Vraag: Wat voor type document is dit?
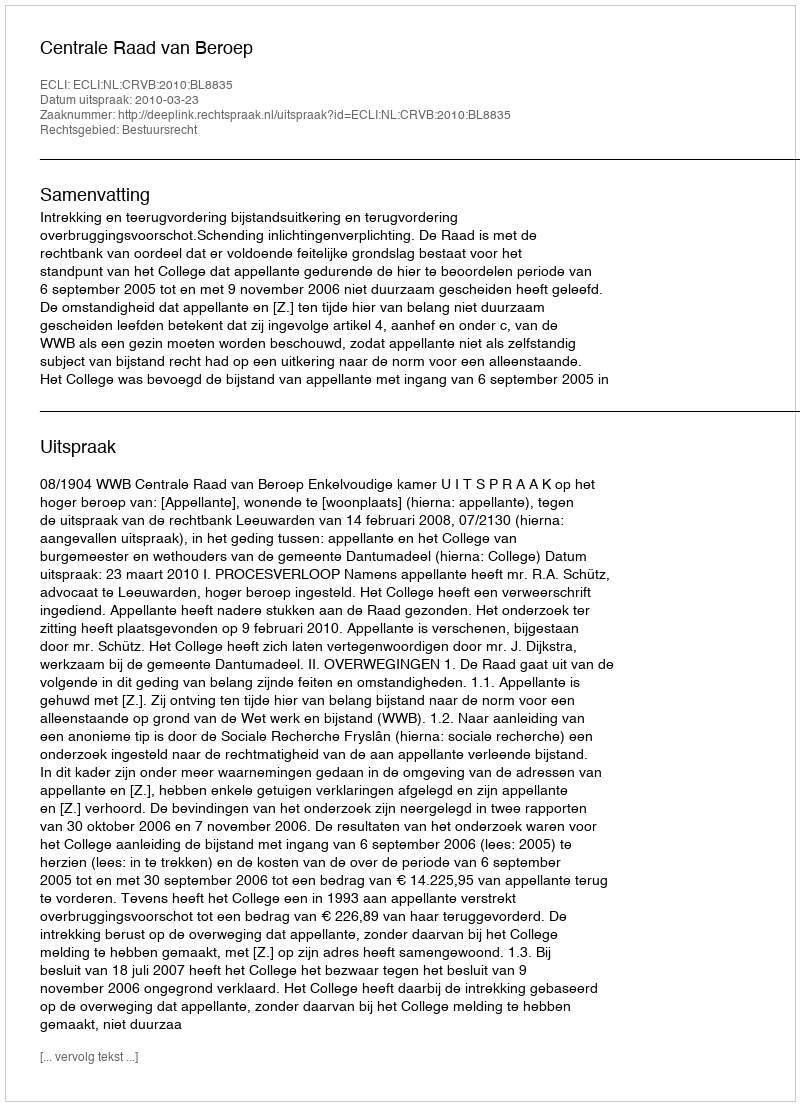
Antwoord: Uitspraak